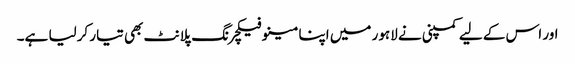
اور اس کے لیے کمپنی نے لاہور میں اپنا مینوفیکچرنگ پلانٹ بھی تیار کرلیا ہے۔